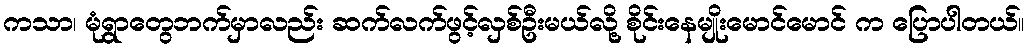
ကသာ၊ မုံရွာတွေဘက်မှာလည်း ဆက်လက်ဖွင့်လှစ်ဦးမယ်လို့ စိုင်းနေမျိုးမောင်မောင် က ပြောပါတယ်။